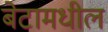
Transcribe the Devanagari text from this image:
बेटामधील